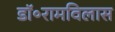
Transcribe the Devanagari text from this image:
डॉ॰रामविलास